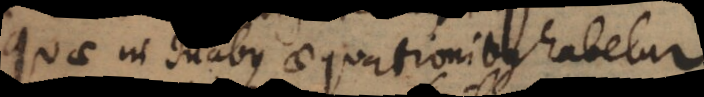
quae in duabus aequationibus habetur.